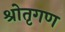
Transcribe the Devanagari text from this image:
श्रोतृगण